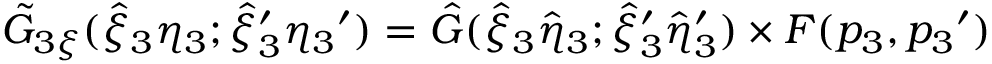
{ \tilde { G } } _ { 3 \xi } ( { \hat { \xi } } _ { 3 } { \eta } _ { 3 } ; { { \hat { \xi } } _ { 3 } } ^ { \prime } { { \eta } _ { 3 } } ^ { \prime } ) = { \hat { G } } ( { { \hat { \xi } } _ { 3 } } { \hat { \eta } } _ { 3 } ; { { \hat { \xi } } _ { 3 } } ^ { \prime } { { \hat { \eta } } _ { 3 } } ^ { \prime } ) \times F ( p _ { 3 } , { p _ { 3 } } ^ { \prime } )